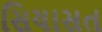
સિયાસત